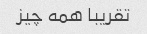
تقریبا همه چیز